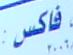
فاكس